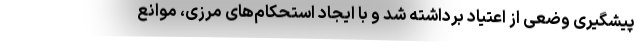
پیشگیری وضعی از اعتیاد برداشته شد و با ایجاد استحکام‌های مرزی، موانع